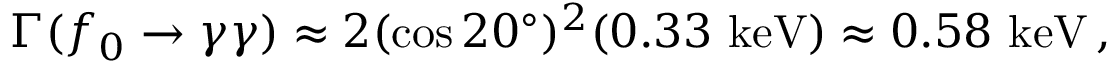
\Gamma ( f _ { 0 } \rightarrow \gamma \gamma ) \approx 2 ( \cos 2 0 ^ { \circ } ) ^ { 2 } ( 0 . 3 3 \ \mathrm { k e V } ) \approx 0 . 5 8 \ \mathrm { k e V } \, ,